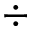
\div